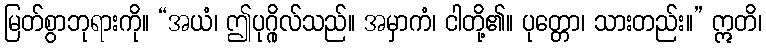
မြတ်စွာဘုရားကို။ “အယံ၊ ဤပုဂ္ဂိုလ်သည်။ အမှာကံ၊ ငါတို့၏။ ပုတ္တော၊ သားတည်း။” ဣတိ၊